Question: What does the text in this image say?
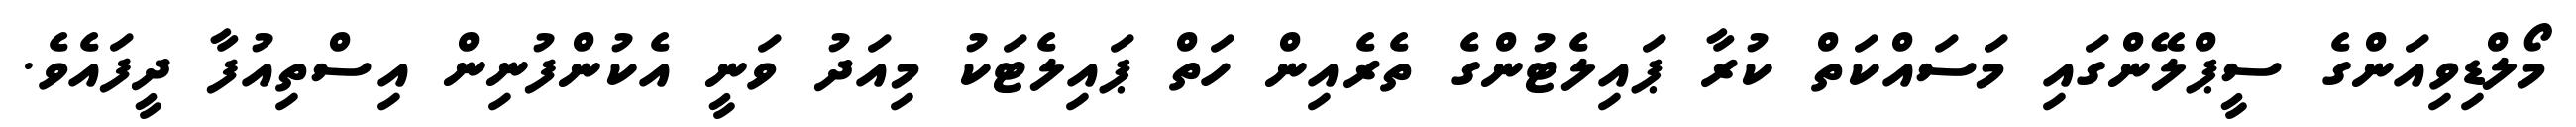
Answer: މޯލްޑިވިއަންގެ ސީޕްލޭންގައި މަސައްކަތް ކުރާ ޕައިލެޓުންގެ ތެރެއިން ހަތް ޕައިލެޓަކު މިއަދު ވަނީ އެކުންފުނިން އިސްތިއުފާ ދީފައެވެ.